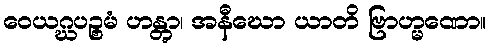
ဝေယဂ္ဃပဉ္စမံ ဟန္တွာ၊ အနီဃော ယာတိ ဗြာဟ္မဏော။